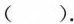
( ).